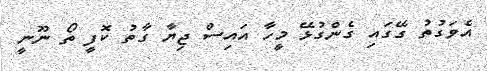
އެވަގުތު ގޭގައި ގެންގުޅޭ މީހާ އައިސް ޖިޔާ ގާތު ކޮފީ ތޯ ނޫނީ